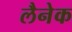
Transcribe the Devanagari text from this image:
लैनेक